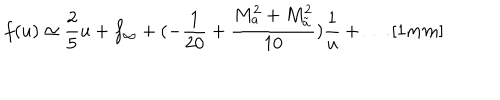
LaTeX: f ( u ) \simeq \frac { 2 } { 5 } u + f _ { \infty } + ( - \frac { 1 } { 2 0 } + \frac { M _ { a } ^ { 2 } + M _ { \tilde { a } } ^ { 2 } } { 1 0 } ) \frac { 1 } { u } + \ldots \, [ 1 m m ]